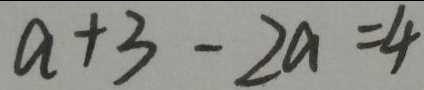
a + 3 - 2 a = 4